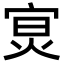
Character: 𡨶